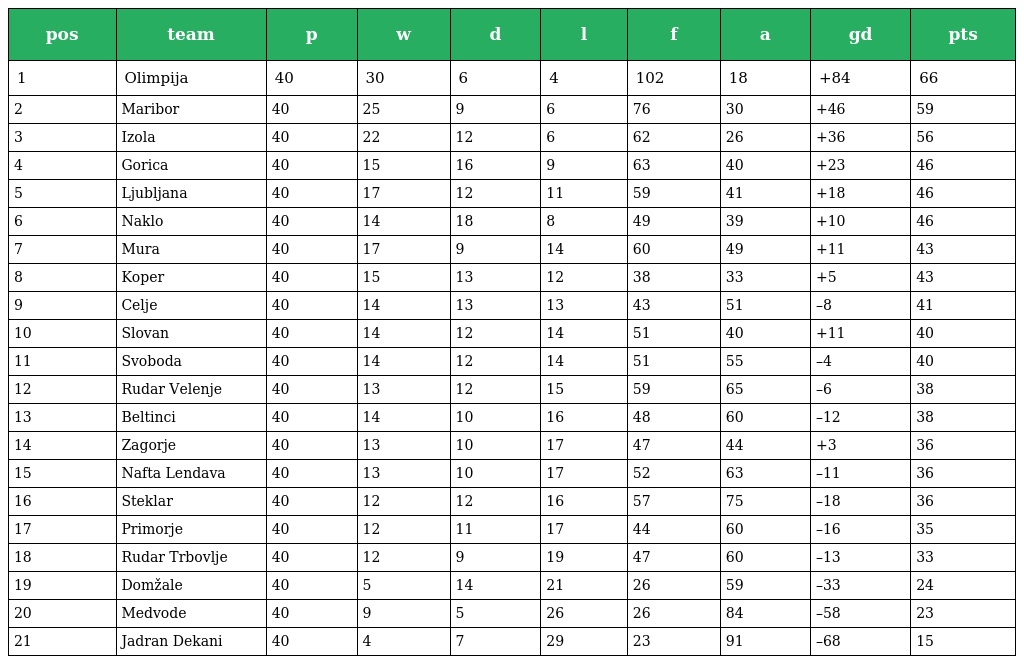
| pos | team | p | w | d | l | f | a | gd | pts |
 | --- | --- | --- | --- | --- | --- | --- | --- | --- | --- |
 | 1 | Olimpija | 40 | 30 | 6 | 4 | 102 | 18 | +84 | 66 |
 | 2 | Maribor | 40 | 25 | 9 | 6 | 76 | 30 | +46 | 59 |
 | 3 | Izola | 40 | 22 | 12 | 6 | 62 | 26 | +36 | 56 |
 | 4 | Gorica | 40 | 15 | 16 | 9 | 63 | 40 | +23 | 46 |
 | 5 | Ljubljana | 40 | 17 | 12 | 11 | 59 | 41 | +18 | 46 |
 | 6 | Naklo | 40 | 14 | 18 | 8 | 49 | 39 | +10 | 46 |
 | 7 | Mura | 40 | 17 | 9 | 14 | 60 | 49 | +11 | 43 |
 | 8 | Koper | 40 | 15 | 13 | 12 | 38 | 33 | +5 | 43 |
 | 9 | Celje | 40 | 14 | 13 | 13 | 43 | 51 | –8 | 41 |
 | 10 | Slovan | 40 | 14 | 12 | 14 | 51 | 40 | +11 | 40 |
 | 11 | Svoboda | 40 | 14 | 12 | 14 | 51 | 55 | –4 | 40 |
 | 12 | Rudar Velenje | 40 | 13 | 12 | 15 | 59 | 65 | –6 | 38 |
 | 13 | Beltinci | 40 | 14 | 10 | 16 | 48 | 60 | –12 | 38 |
 | 14 | Zagorje | 40 | 13 | 10 | 17 | 47 | 44 | +3 | 36 |
 | 15 | Nafta Lendava | 40 | 13 | 10 | 17 | 52 | 63 | –11 | 36 |
 | 16 | Steklar | 40 | 12 | 12 | 16 | 57 | 75 | –18 | 36 |
 | 17 | Primorje | 40 | 12 | 11 | 17 | 44 | 60 | –16 | 35 |
 | 18 | Rudar Trbovlje | 40 | 12 | 9 | 19 | 47 | 60 | –13 | 33 |
 | 19 | Domžale | 40 | 5 | 14 | 21 | 26 | 59 | –33 | 24 |
 | 20 | Medvode | 40 | 9 | 5 | 26 | 26 | 84 | –58 | 23 |
 | 21 | Jadran Dekani | 40 | 4 | 7 | 29 | 23 | 91 | –68 | 15 |